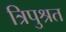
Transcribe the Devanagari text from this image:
त्रिपुश्रत